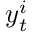
\boldsymbol y _ { t } ^ { i }